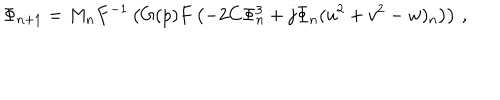
\Phi _ { n + 1 } = M _ { n } F ^ { - 1 } \left( G ( p ) F \left( - 2 C \Phi _ { n } ^ { 3 } + j \Phi _ { n } ( u ^ { 2 } + v ^ { 2 } - w ) _ { n } \right) \right) \, ,